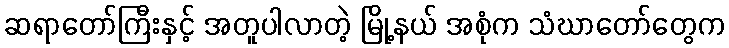
ဆရာတော်ကြီးနှင့် အတူပါလာတဲ့ မြို့နယ် အစုံက သံဃာတော်တွေက